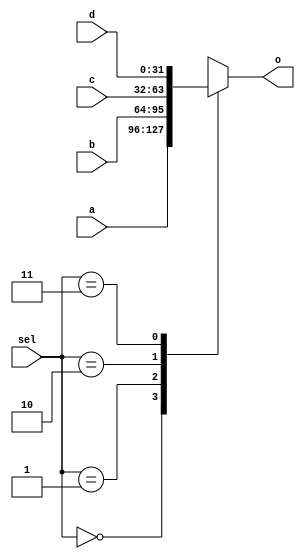
`timescale 1ns / 1ps

// nexys3MIPSSoC is a MIPS implementation originated from COAD projects
// Copyright (C) 2014  @Wenri, @dtopn, @Speed
//
// This program is free software: you can redistribute it and/or modify
// it under the terms of the GNU General Public License as published by
// the Free Software Foundation, either version 3 of the License, or
// (at your option) any later version.
//
// This program is distributed in the hope that it will be useful,
// but WITHOUT ANY WARRANTY; without even the implied warranty of
// MERCHANTABILITY or FITNESS FOR A PARTICULAR PURPOSE.  See the
// GNU General Public License for more details.
//
// You should have received a copy of the GNU General Public License
// along with this program.  If not, see <http://www.gnu.org/licenses/>.

module mux4to1_32(
	input wire [1:0] sel,
	input wire [31:0] a,
	input wire [31:0] b,
	input wire [31:0] c,
	input wire [31:0] d,
	output reg [31:0] o
    );

always @(*)
	case(sel)
		2'b00: o<=a;
		2'b01: o<=b;
		2'b10: o<=c;
		2'b11: o<=d;
	endcase

endmodule